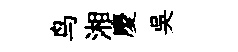
鸟湘慶吴